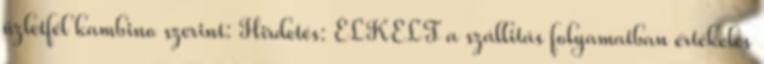
üzletfél kambino szerint: Hirdetés: ELKELT a szállitás folyamatban értékelés